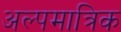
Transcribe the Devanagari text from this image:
अल्पमात्रिक